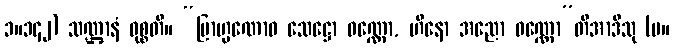
၁။၁၄၂) သဏ္ဌာနံ ဝုစ္စတိ။ “ဗြာဟ္မဏောဝ သေဋ္ဌော ဝဏ္ဏော, ဟီနော အညော ဝဏ္ဏော”တိအာဒီသု (မ။